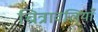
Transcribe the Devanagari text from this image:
चित्रावलियाँ